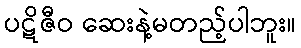
ပဋိဇီဝ ဆေးနဲ့မတည့်ပါဘူး။